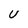
Character: U